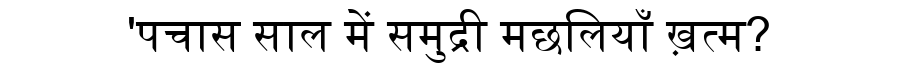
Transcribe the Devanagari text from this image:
'पचास साल में समुद्री मछलियाँ ख़त्म?